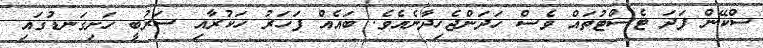
ސްކޭން ފަދަ ޓެސްޓުތައް ވެސް ހަދަންޖެހިދާނެއެވެ. ބައެއް ފަހަރު ހަކުރާއި ސަރުބީ ހަށިގަނޑުގައި